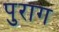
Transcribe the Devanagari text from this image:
पुराग